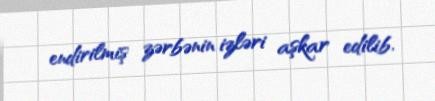
endirilmiş zərbənin izləri aşkar edilib.